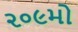
૨૦૯મો